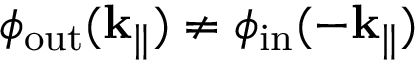
\phi _ { \mathrm { o u t } } ( { \bf k } _ { \parallel } ) \neq \phi _ { \mathrm { i n } } ( - { \bf k } _ { \parallel } )